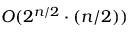
O ( 2 ^ { n / 2 } \cdot ( n / 2 ) )